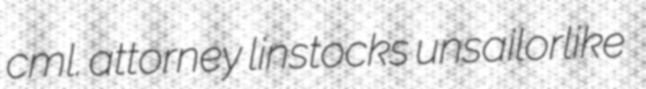
cml. attorney linstocks unsailorlike